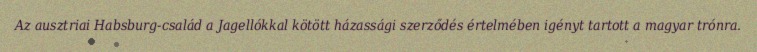
Az ausztriai Habsburg-család a Jagellókkal kötött házassági szerződés értelmében igényt tartott a magyar trónra.